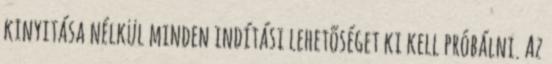
kinyitása nélkül minden indítási lehetõséget ki kell próbálni. Az